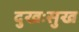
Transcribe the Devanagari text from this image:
दुखःसुख